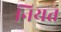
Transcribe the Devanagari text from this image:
नियत